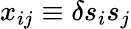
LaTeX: x_{ij}\equiv\delta s_{i}s_{j}